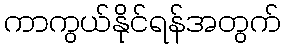
ကာကွယ်နိုင်ရန်အတွက်